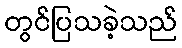
တွင်ပြသခဲ့သည်